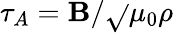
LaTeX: \tau_{A}=\mathbf{B}/\sqrt{}{{\mu_{0}\rho}}